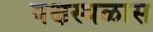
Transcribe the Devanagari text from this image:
वक्षस्थळास